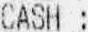
CASH :